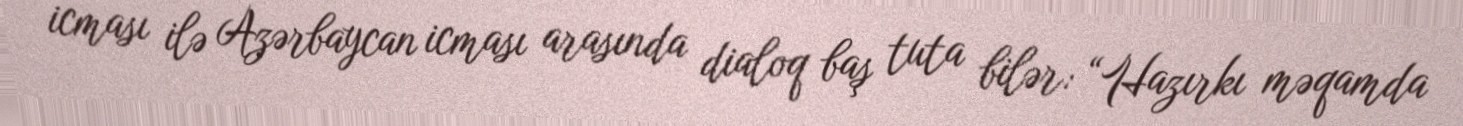
icması ilə Azərbaycan icması arasında dialoq baş tuta bilər: “Hazırkı məqamda